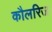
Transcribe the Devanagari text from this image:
कौलरिज